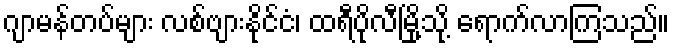
ဂျာမန်တပ်များ လစ်ဗျားနိုင်ငံ၊ ထရီပိုလီမြို့သို့ ရောက်လာကြသည်။